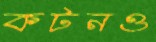
কটনও